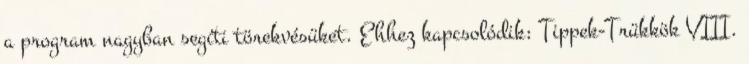
a program nagyban segíti törekvésüket. Ehhez kapcsolódik: Tippek-Trükkök VIII.